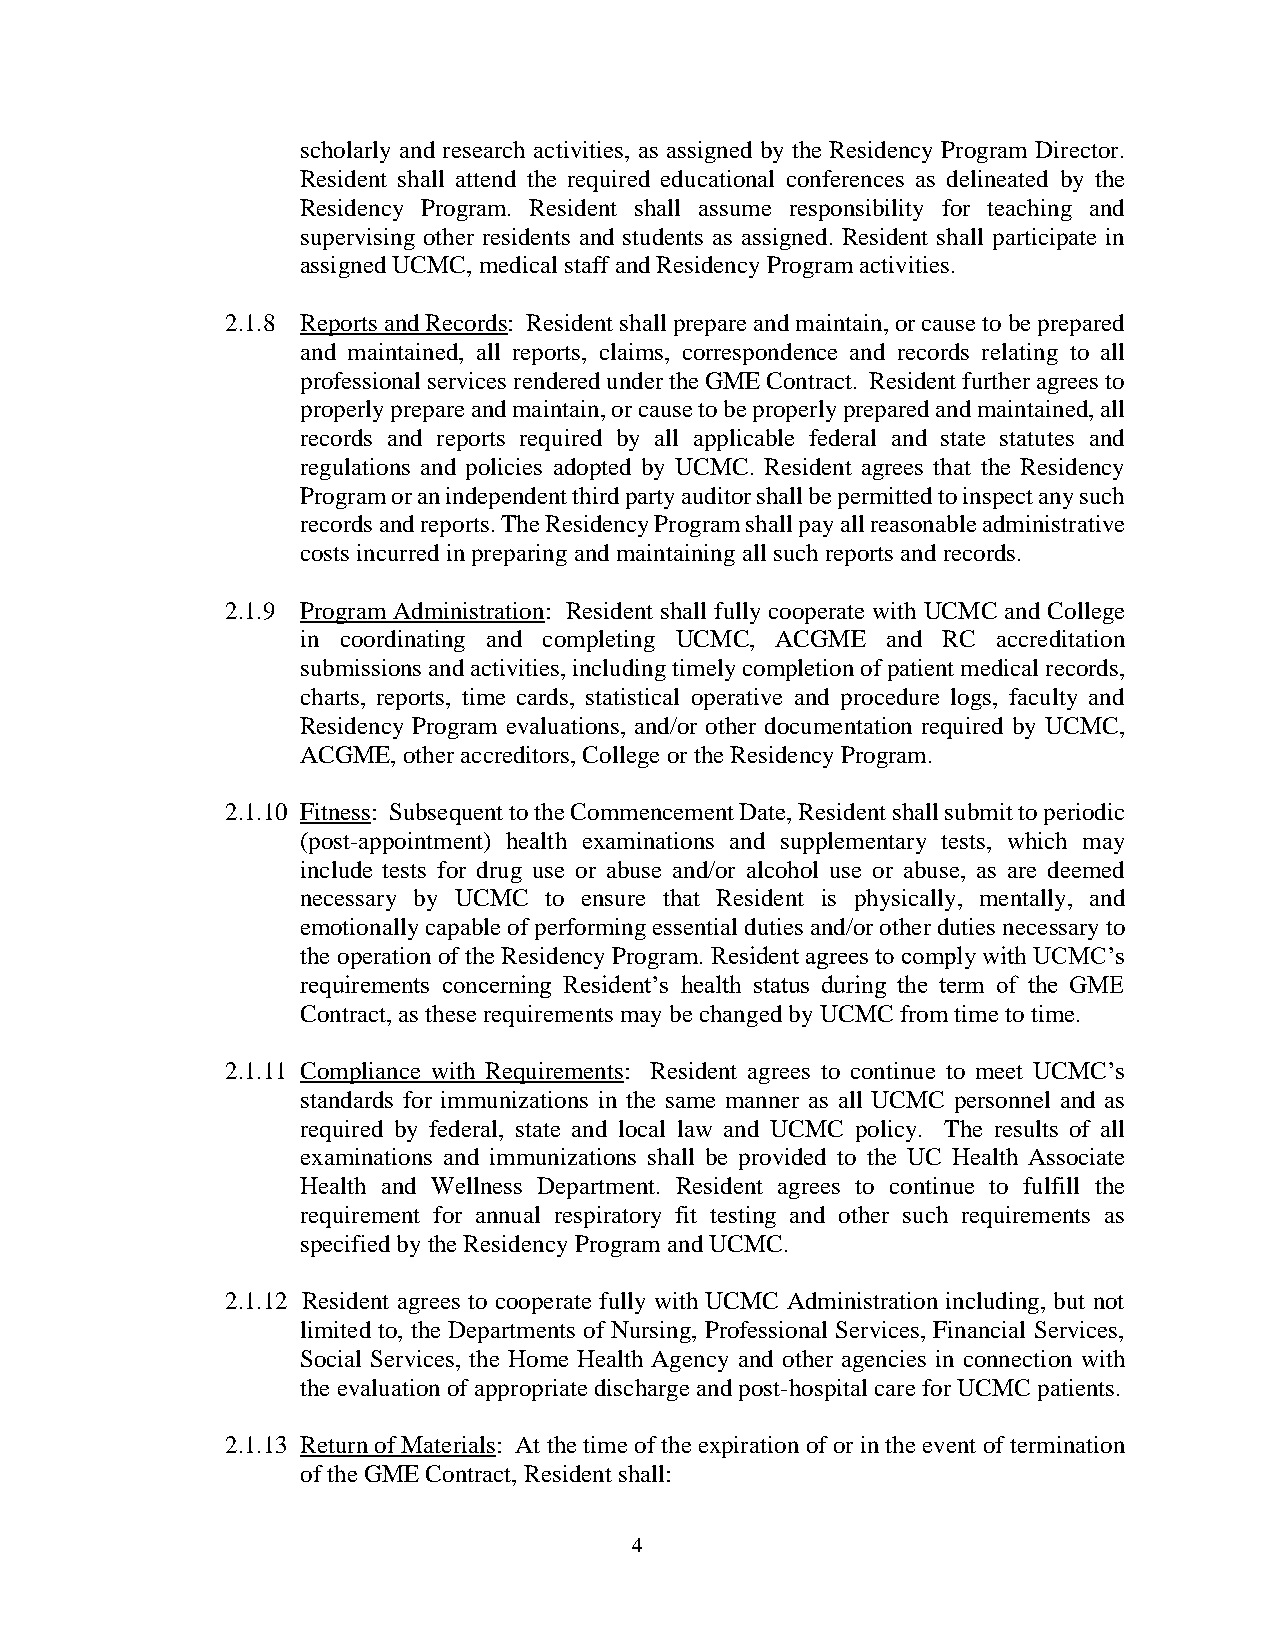
scholarly and research activities, as assigned by the Residency Program Director.
 Resident shall attend the required educational conferences as delineated by the
 Residency Program. Resident shall assume responsibility for teaching and
 supervising other residents and students as assigned. Resident shall participate in
 assigned UCMC, medical staff and Residency Program activities.
 2.1.8 Reports and Records: Resident shall prepare and maintain, or cause to be prepared
 and maintained, all reports, claims, correspondence and records relating to all
 professional services rendered under the GME Contract. Resident further agrees to
 properly prepare and maintain, or cause to be properly prepared and maintained, all
 records and reports required by all applicable federal and state statutes and
 regulations and policies adopted by UCMC. Resident agrees that the Residency
 Program or an independent third party auditor shall be permitted to inspect any such
 records and reports. The Residency Program shall pay all reasonable administrative
 costs incurred in preparing and maintaining all such reports and records.
 2.1.9 Program Administration: Resident shall fully cooperate with UCMC and College
 in coordinating and completing UCMC, ACGME and RC accreditation
 submissions and activities, including timely completion of patient medical records,
 charts, reports, time cards, statistical operative and procedure logs, faculty and
 Residency Program evaluations, and/or other documentation required by UCMC,
 ACGME, other accreditors, College or the Residency Program.
 2.1.10 Fitness: Subsequent to the Commencement Date, Resident shall submit to periodic
 (post-appointment) health examinations and supplementary tests, which may
 include tests for drug use or abuse and/or alcohol use or abuse, as are deemed
 necessary by UCMC to ensure that Resident is physically, mentally, and
 emotionally capable of performing essential duties and/or other duties necessary to
 the operation of the Residency Program. Resident agrees to comply with UCMC’s
 requirements concerning Resident’s health status during the term of the GME
 Contract, as these requirements may be changed by UCMC from time to time.
 2.1.11 Compliance with Requirements: Resident agrees to continue to meet UCMC’s
 standards for immunizations in the same manner as all UCMC personnel and as
 required by federal, state and local law and UCMC policy. The results of all
 examinations and immunizations shall be provided to the UC Health Associate
 Health and Wellness Department. Resident agrees to continue to fulfill the
 requirement for annual respiratory fit testing and other such requirements as
 specified by the Residency Program and UCMC.
 2.1.12 Resident agrees to cooperate fully with UCMC Administration including, but not
 limited to, the Departments of Nursing, Professional Services, Financial Services,
 Social Services, the Home Health Agency and other agencies in connection with
 the evaluation of appropriate discharge and post-hospital care for UCMC patients.
 2.1.13 Return of Materials: At the time of the expiration of or in the event of termination
 of the GME Contract, Resident shall:
 4